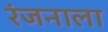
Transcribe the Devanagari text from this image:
रंजनाला